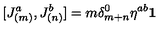
\lbrack J _ { ( m ) } ^ { a } , J _ { ( n ) } ^ { b } ] = m \delta _ { m + n } ^ { 0 } \eta ^ { a b } \mathbf { 1 }